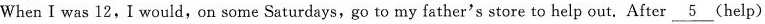
When I was \underline{12}, I would, on some Saturdays, go to my father's store to help out. After \underline{5}(help)